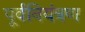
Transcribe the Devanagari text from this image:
पूर्वनियंत्रण